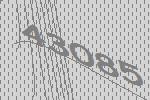
43085